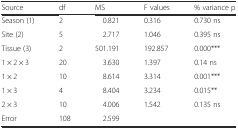
<table><thead><tr><td><b>Source</b></td><td><b>df</b></td><td><b>MS</b></td><td><b>F values</b></td><td><b>% variance p</b></td></tr></thead><tbody><tr><td>Season (1)</td><td>2</td><td>0.821</td><td>0.316</td><td>0.730 ns</td></tr><tr><td>Site (2)</td><td>5</td><td>2.717</td><td>1.046</td><td>0.395 ns</td></tr><tr><td>Tissue (3)</td><td>2</td><td>501.191</td><td>192.857</td><td>0.000***</td></tr><tr><td>1 × 2 × 3</td><td>20</td><td>3.630</td><td>1.397</td><td>0.14 ns</td></tr><tr><td>1 × 2</td><td>10</td><td>8.614</td><td>3.314</td><td>0.001***</td></tr><tr><td>1 × 3</td><td>4</td><td>8.404</td><td>3.234</td><td>0.015**</td></tr><tr><td>2 × 3</td><td>10</td><td>4.006</td><td>1.542</td><td>0.135 ns</td></tr><tr><td>Error</td><td>108</td><td>2.599</td><td></td><td></td></tr></tbody></table>